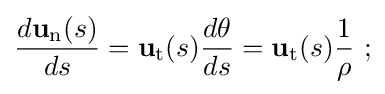
{\frac {d\mathbf {u} _{\mathrm {n} }(s)}{ds}}=\mathbf {u} _{\mathrm {t} }(s){\frac {d\theta }{ds}}=\mathbf {u} _{\mathrm {t} }(s){\frac {1}{\rho }}\ ;